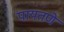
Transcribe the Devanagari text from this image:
पायतणे